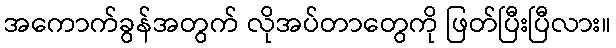
အကောက်ခွန်အတွက် လိုအပ်တာတွေကို ဖြတ်ပြီးပြီလား။